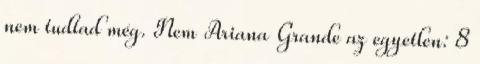
nem tudtad még. Nem Ariana Grande az egyetlen: 8